Vaccination in Bombay 1869-1873 - 1869-1873
Year: 1869
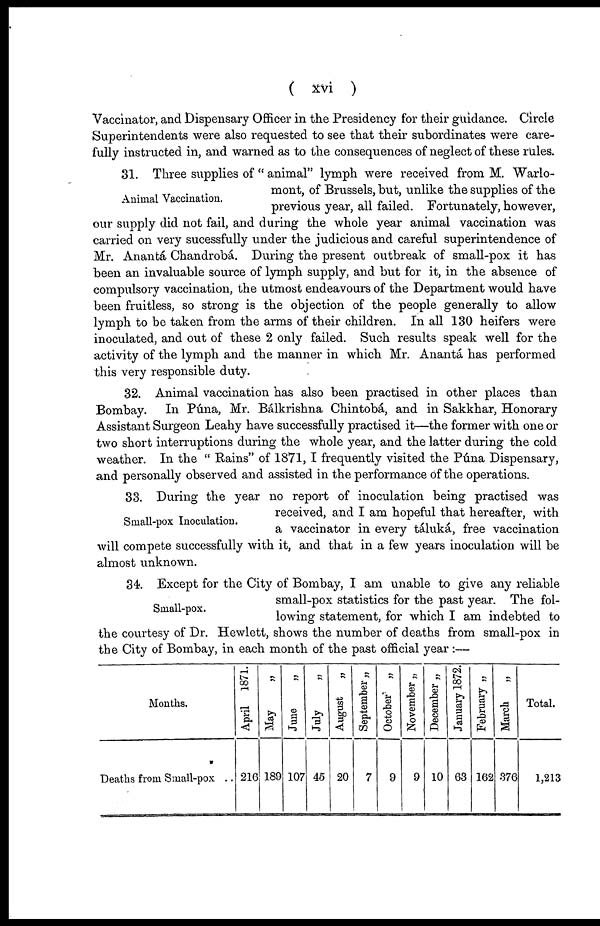
( xvi )
Vaccinator, and Dispensary Officer in the Presidency for their guidance. Circle
Superintendents were also requested to see that their subordinates were care-
fully instructed in, and warned as to the consequences of neglect of these rules.
Animal Vaccination.
31. Three supplies of " animal" lymph were received from M. Warlo-
mont, of Brussels, but, unlike the supplies of the
previous year, all failed. Fortunately, however,
our supply did not fail, and during the whole year animal vaccination was
carried on very sucessfully under the judicious and careful superintendence of
Mr. Anantá Chandrobá. During the present outbreak of small-pox it has
been an invaluable source of lymph supply, and but for it, in the absence of
compulsory vaccination, the utmost endeavours of the Department would have
been fruitless, so strong is the objection of the people generally to allow
lymph to be taken from the arms of their children. In all 130 heifers were
inoculated, and out of these 2 only failed. Such results speak well for the
activity of the lymph and the manner in which Mr. Anantá has performed
this very responsible duty.
32. Animal vaccination has also been practised in other places than
Bombay. In Puna, Mr. Bálkrishna Chintobá, and in Sakkhar, Honorary
Assistant Surgeon Leahy have successfully practised it—the former with one or
two short interruptions during the whole year, and the latter during the cold
weather. In the " Rains" of 1871, I frequently visited the Púna Dispensary,
and personally observed and assisted in the performance of the operations.
Small-pox Inoculation.
33. During the year no report of inoculation being practised was
received, and I am hopeful that hereafter, with
a vaccinator in every táluká, free vaccination
will compete successfully with it, and that in a few years inoculation will be
almost unknown.
Small-pox.
34. Except for the City of Bombay, I am unable to give any reliable
small-pox statistics for the past year. The fol-
lowing statement, for which I am indebted to
the courtesy of Dr. Hewlett, shows the number of deaths from small-pox in
the City of Bombay, in each month of the past official year :—
Months.
Deaths from Small-pox . .
April 1871.
216
May
„
189
June
„
107
July
„
45
August
„
20
September „
7
October „
9
November „
9
December „
10
January 1872.
63
February „
162
March
„
376
Total.
1,213